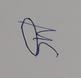
Signature authenticity: genuine